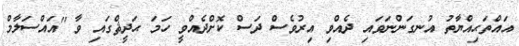
އައްތަޙިއްޔާތު އުނގަންނަވައި ދެއްވި އިރުވެސް ދަސް ކޮށްދެއްވީ ހަމަ ޙަދީޘްގައި ވާ ''އައްސަލާމް